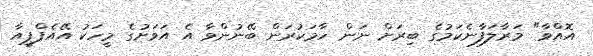
އޮއްވާ" މަރާލަފާނެކަމުގެ ބިރަށް ނަން ހާމަކުރަން ބޭނުންވާ އެ އަވަށުގެ މީހަކު އޭއެފްޕީއާ